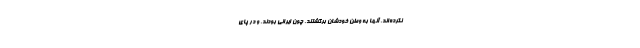
نکرده‌اند. آنها به وطن خودشان برگشتند. چون ایرانی بودند. و در پای